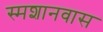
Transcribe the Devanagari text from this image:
स्मशानवास